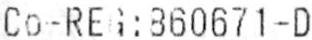
CO-REG:860671-D